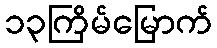
၁၃ကြိမ်မြောက်